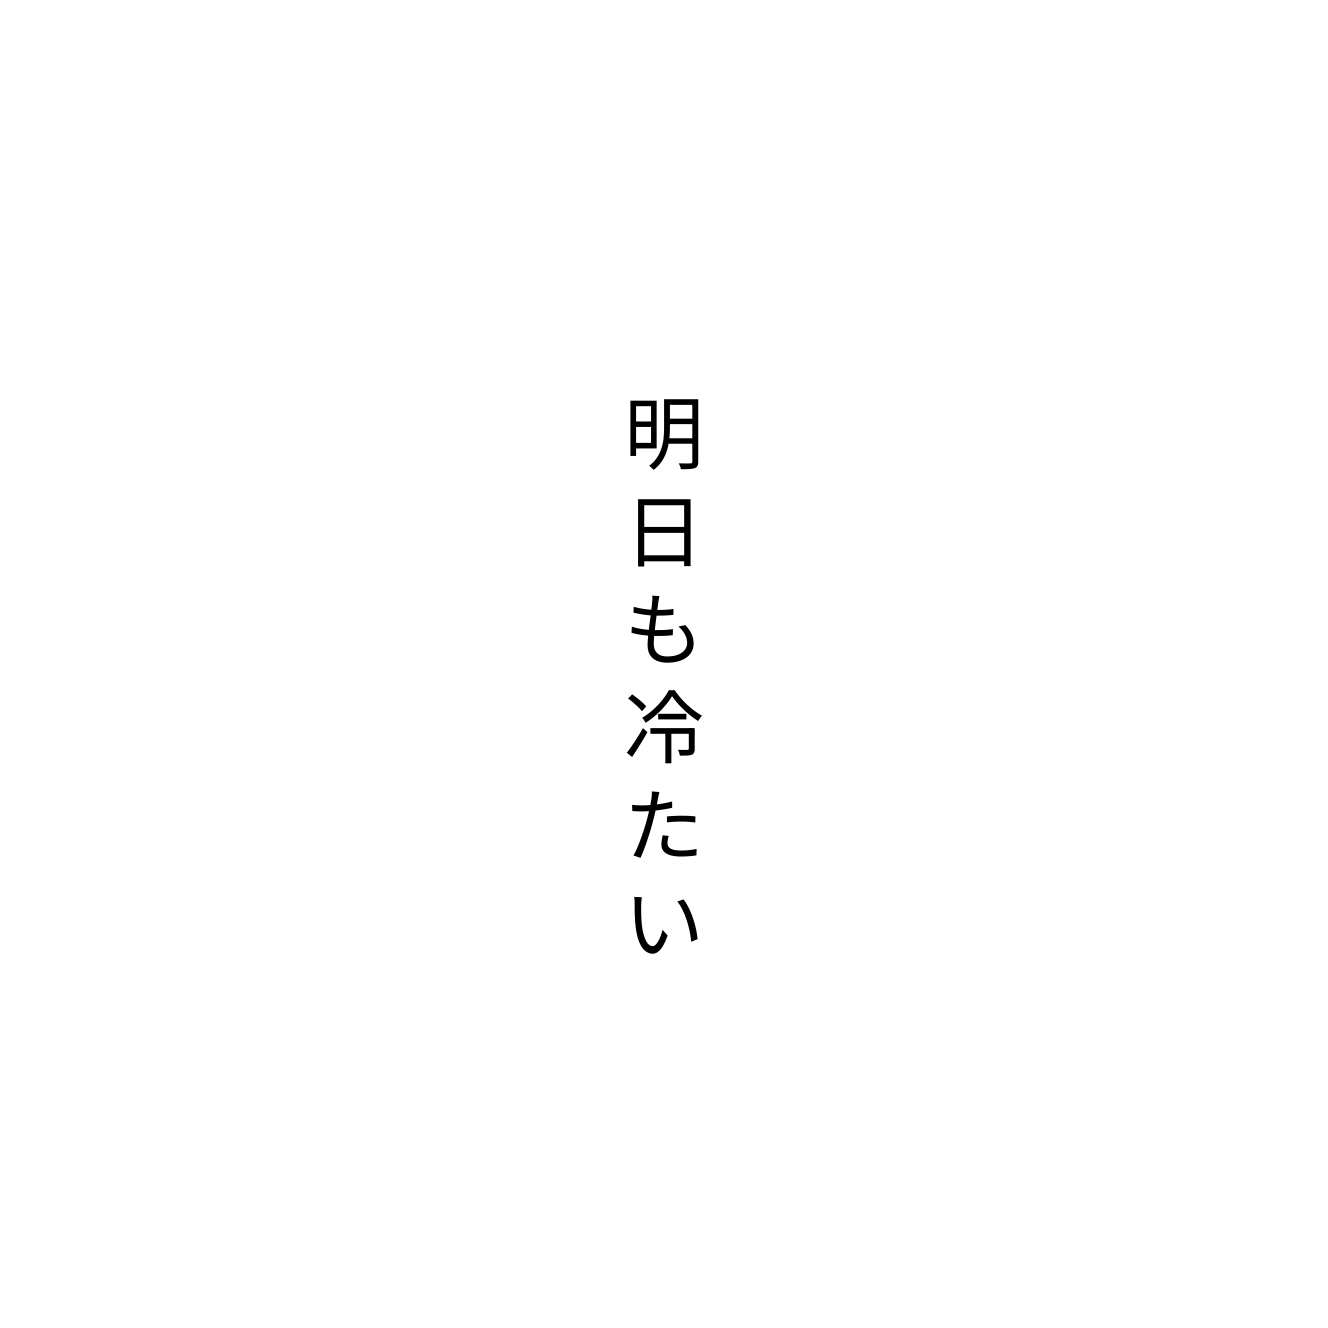
明日も冷たい